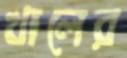
খালের